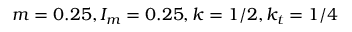
m = 0 . 2 5 , I _ { m } = 0 . 2 5 , k = 1 / 2 , k _ { t } = 1 / 4